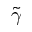
\widetilde { \gamma }